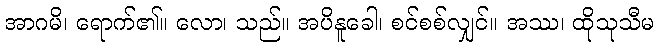
အာဂမိ၊ ရောက်၏။ လော၊ သည်။ အပိနူခေါ၊ စင်စစ်လျှင်။ အဿ၊ ထိုသုသီမ